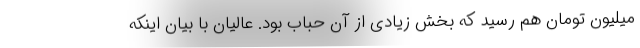
میلیون تومان هم رسید که بخش زیادی از آن حباب بود. عالیان با بیان اینکه